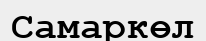
Самаркөл